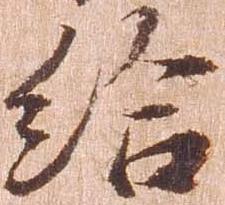
給